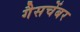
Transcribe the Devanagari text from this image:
गैसचेंबर